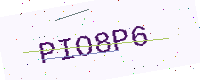
Text: PIO8P6